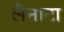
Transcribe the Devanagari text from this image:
लैनाटा